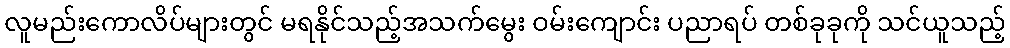
လူမည်းကောလိပ်များတွင် မရနိုင်သည့်အသက်မွေး ဝမ်းကျောင်း ပညာရပ် တစ်ခုခုကို သင်ယူသည့်